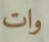
وات